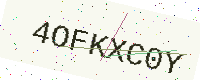
Text: 4OFKXC0Y